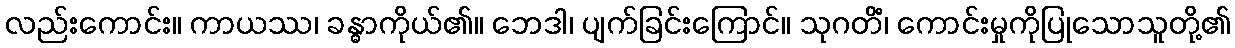
လည်းကောင်း။ ကာယဿ၊ ခန္ဓာကိုယ်၏။ ဘေဒါ၊ ပျက်ခြင်းကြောင်။ သုဂတိံ၊ ကောင်းမှုကိုပြုသောသူတို့၏